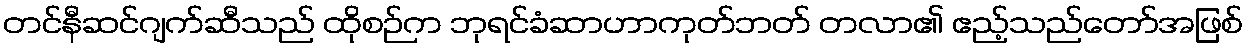
တင်နီဆင်ဂျက်ဆီသည် ထိုစဉ်က ဘုရင်ခံဆာဟာကုတ်ဘတ် တလာ၏ ဧည့်သည်တော်အဖြစ်